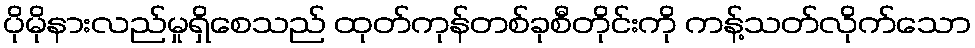
ပိုမိုနားလည်မှုရှိစေသည် ထုတ်ကုန်တစ်ခုစီတိုင်းကို ကန့်သတ်လိုက်သော